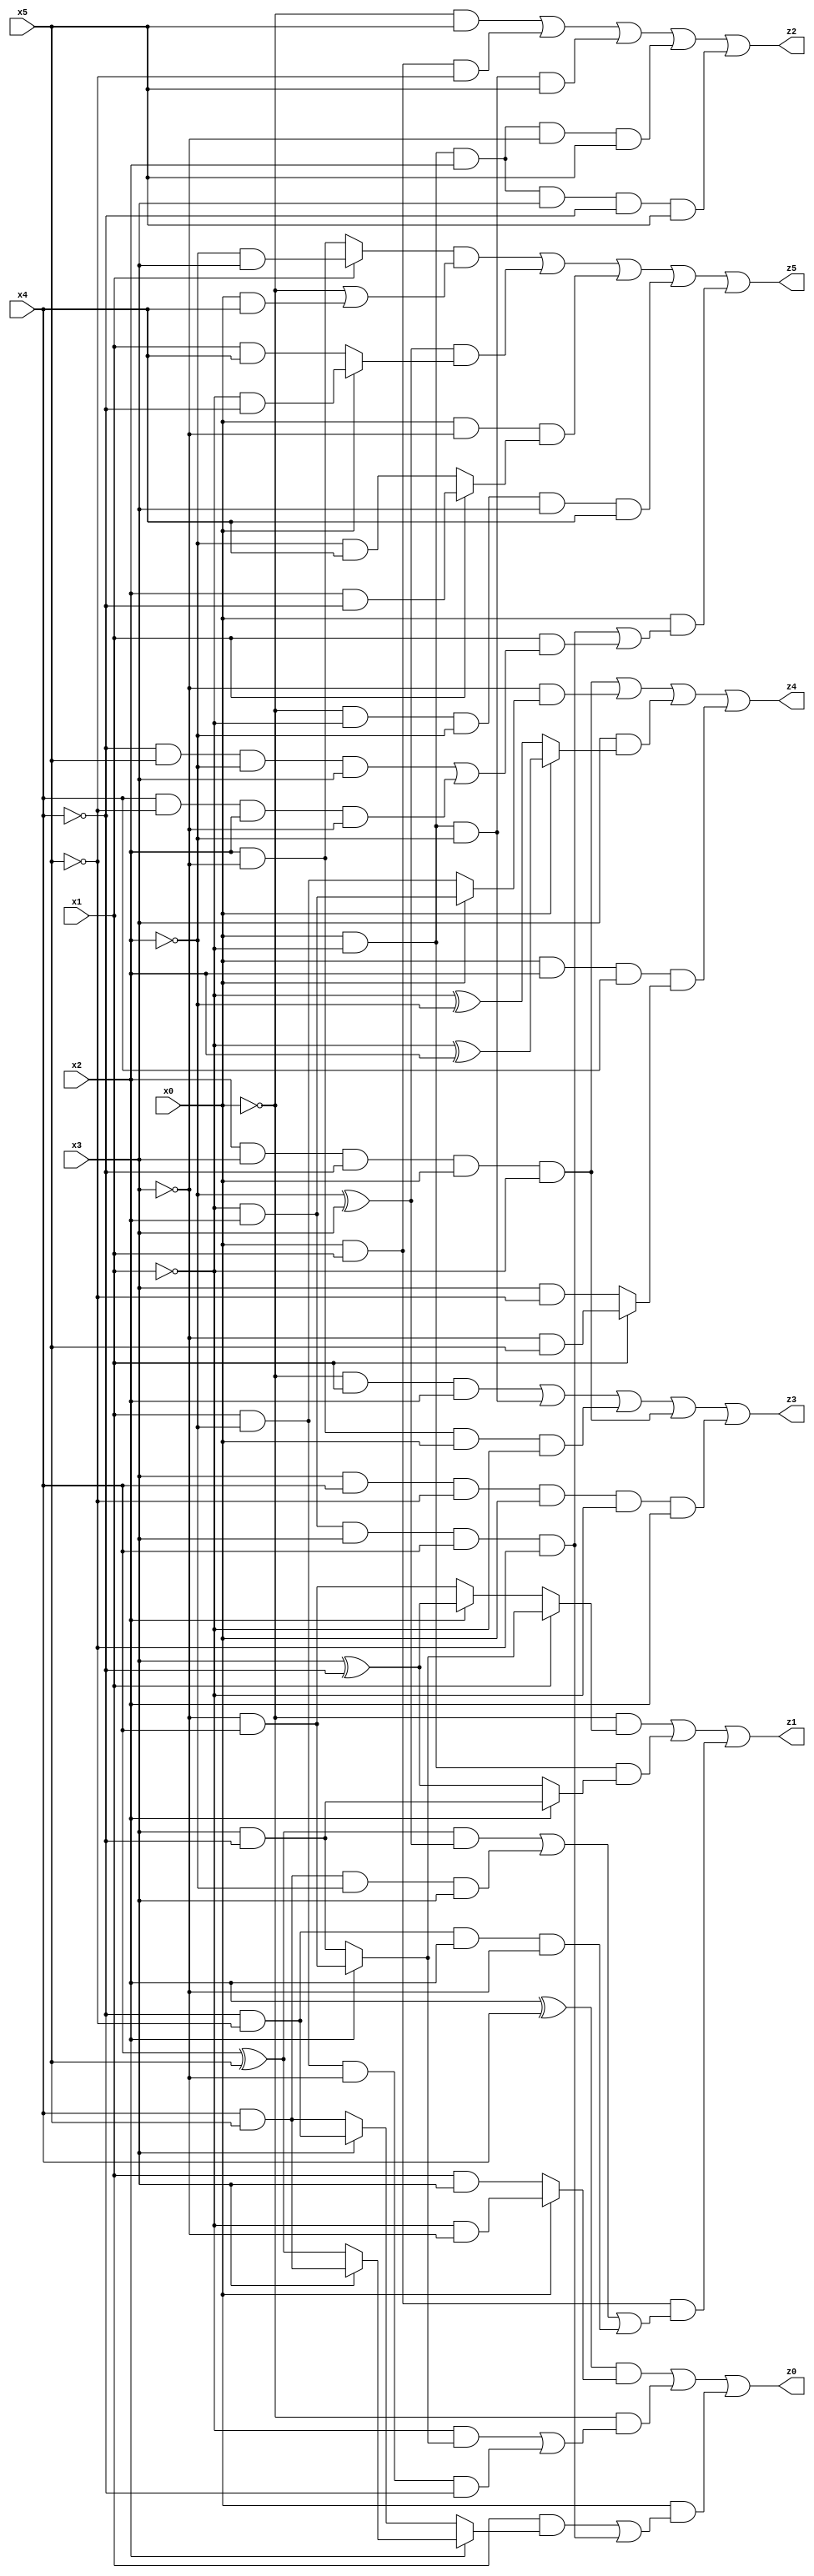
// Benchmark "X_13" written by ABC on Thu Jun 29 03:14:57 2023

module X_13 ( 
    x0, x1, x2, x3, x4, x5,
    z0, z1, z2, z3, z4, z5  );
  input  x0, x1, x2, x3, x4, x5;
  output z0, z1, z2, z3, z4, z5;
  assign z0 = ((x2 ^ x4) & (x0 ? (~x1 & ~x3) : (x1 & x3))) | (~x0 & ((~x1 & (x2 ? (~x3 & x4) : (x3 & ~x4))) | (x1 & ~x2 & ~x3 & ~x4))) | (x0 & ((x1 & (x2 ? (x3 ? (x4 & x5) : (x4 ^ x5)) : (x3 ? (~x4 & ~x5) : (x4 & x5)))) | (~x1 & x2 & x3 & x4 & ~x5)));
  assign z1 = (~x0 & (x1 ? (x2 ? (~x3 & x4) : (x3 & ~x4)) : (x2 ? (x3 ^ ~x4) : (~x3 & x4)))) | (x0 & ~x1 & (x2 ? (x3 & ~x4) : (x3 ^ ~x4))) | (x0 & x1 & (((x4 ^ x5) & (~x2 ^ x3)) | (x4 & x5 & ~x2 & x3) | (~x4 & ~x5 & x2 & ~x3)));
  assign z2 = (~x0 & x5) | (x0 & x1 & ~x5) | (x0 & ~x1 & ~x2 & x5) | (x0 & ~x1 & x2 & ~x3 & x5) | (x0 & ~x1 & x2 & x3 & ~x4 & x5);
  assign z3 = (~x0 & x1 & x2) | (x0 & ~x1 & ~x2) | (x2 & ~x3 & x0 & ~x1) | (x2 & x3 & ~x4 & x0 & ~x1) | (x3 & x4 & ~x5 & x0 & ~x1 & x2);
  assign z4 = (x2 & x3 & ~x4 & x0 & ~x1) | (~x3 & (x0 ? (~x1 & x2) : (x1 & ~x2))) | (x3 & (x0 ? (~x1 ^ x2) : (~x1 ^ ~x2))) | (x0 & x2 & x4 & (x1 ? (~x3 & x5) : (x3 & ~x5)));
  assign z5 = ((x1 ? (~x2 & x3) : (x2 & ~x3)) & (~x0 | (x0 & x4))) | ((~x2 ^ x3) & (x0 ? (~x1 & ~x4) : (x1 & x4))) | (x0 & ~x3 & (x1 ? (x2 & ~x4) : (~x2 & x4))) | (~x0 & ~x1 & ~x2 & x3 & x4) | (x0 & ((~x1 & x2 & x3 & x4 & ~x5) | (x1 & ((~x4 & x5 & ~x2 & x3) | (x4 & ~x5 & x2 & ~x3)))));
endmodule